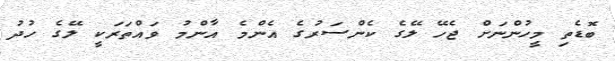
ބޮޑެތި މީހުންނަށް ޖެހޭ ލޭގެ ކެންސަރުގެ އެންމެ އާންމު ވައްތަރަކީ ލޭގެ ހުދު